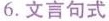
6.文言句式